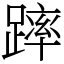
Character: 𨄮